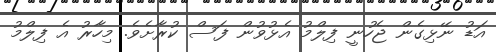
އަޑު ނޭޅިގެން ޖެހުނީ ފިލްމު އެޅުވުން ފަސް ކުރާށެވެ. މިހާރު އެ ފިލްމު